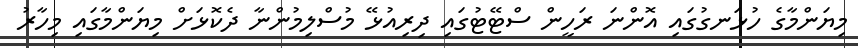
މިޔަންމާގެ ހުޅަނގުގައި އޮންނަ ރަހީން ސްޓޭޓުގައި ދިރިއުޅޭ މުސްލިމުންނާ ދެކޮޅަށް މިޔަންމާގައި މިހާރު